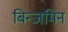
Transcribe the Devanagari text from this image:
बिन्जमिन